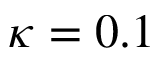
\kappa = 0 . 1